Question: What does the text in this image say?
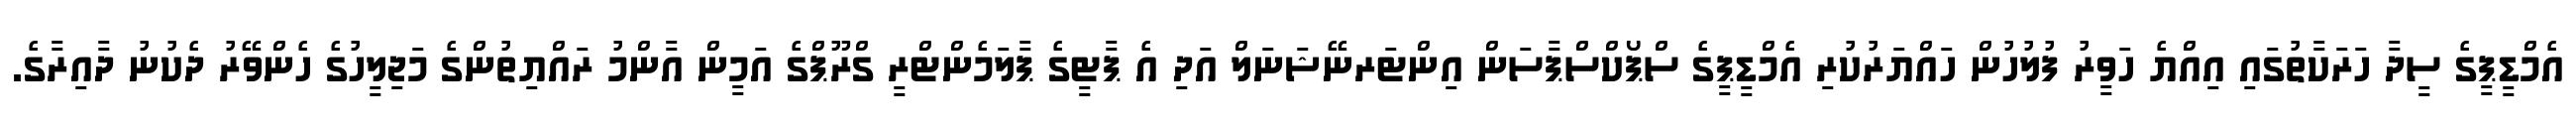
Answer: އެމްޑީޕީގެ ސީދާ ހަރަކާތުގައި އިއްޔެ ހަވީރު ފުލުހުން ހައްޔަރުކުރި އެމްޑީޕީގެ ސްޕޯކްސްޕާސަން އިންޓަރނޭޝަނަލް އަދި އެ ޕާޓީގެ ޕާލަމެންޓްރީ ގްރޫޕްގެ އަމީން އާންމު ރައްޔިތުންގެ މަޖިލީހުގެ ހެންވޭރު ދެކުނު ދާއިރާގެ.